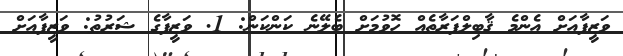
ވަޒީފާއަށް އެންމެ ޤާބިލްފަރާތެއް ހޮވުމަށް ބެލޭނެ ކަންކަން: 1. ވަޒީފާގެ ޝަރުޠު: ވަޒީފާއަށް